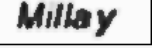
Millay